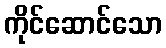
ကိုင်ဆောင်သော